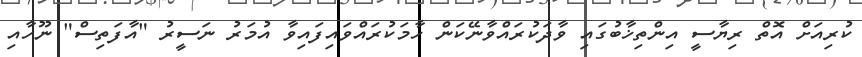
ކުރިއަށް އޮތް ރިޔާސީ އިންތިޚާބުގައި ވާދަކުރައްވާނޭކަން ހާމަކުރައްވައިފައިވާ އުމަރު ނަސީރު "އާފަތިސް" ނޫހާއި